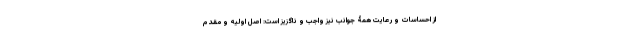
از احساسات و رعایت همۀ جوانب نیز واجب و ناگزیز است: اصل اولیه و مقدم